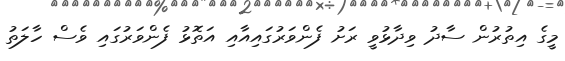
މީގެ އިތުރުން ސާދު ވިދާޅުވީ ރަށު ފެންވަރުގައިއާއި އަތޮޅު ފެންވަރުގައި ވެސް ހާލަތު